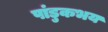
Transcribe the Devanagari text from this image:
पांडुकभय